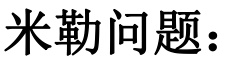
米勒问题：